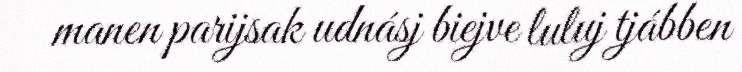
manen parijsak udnásj biejve luluj tjábben